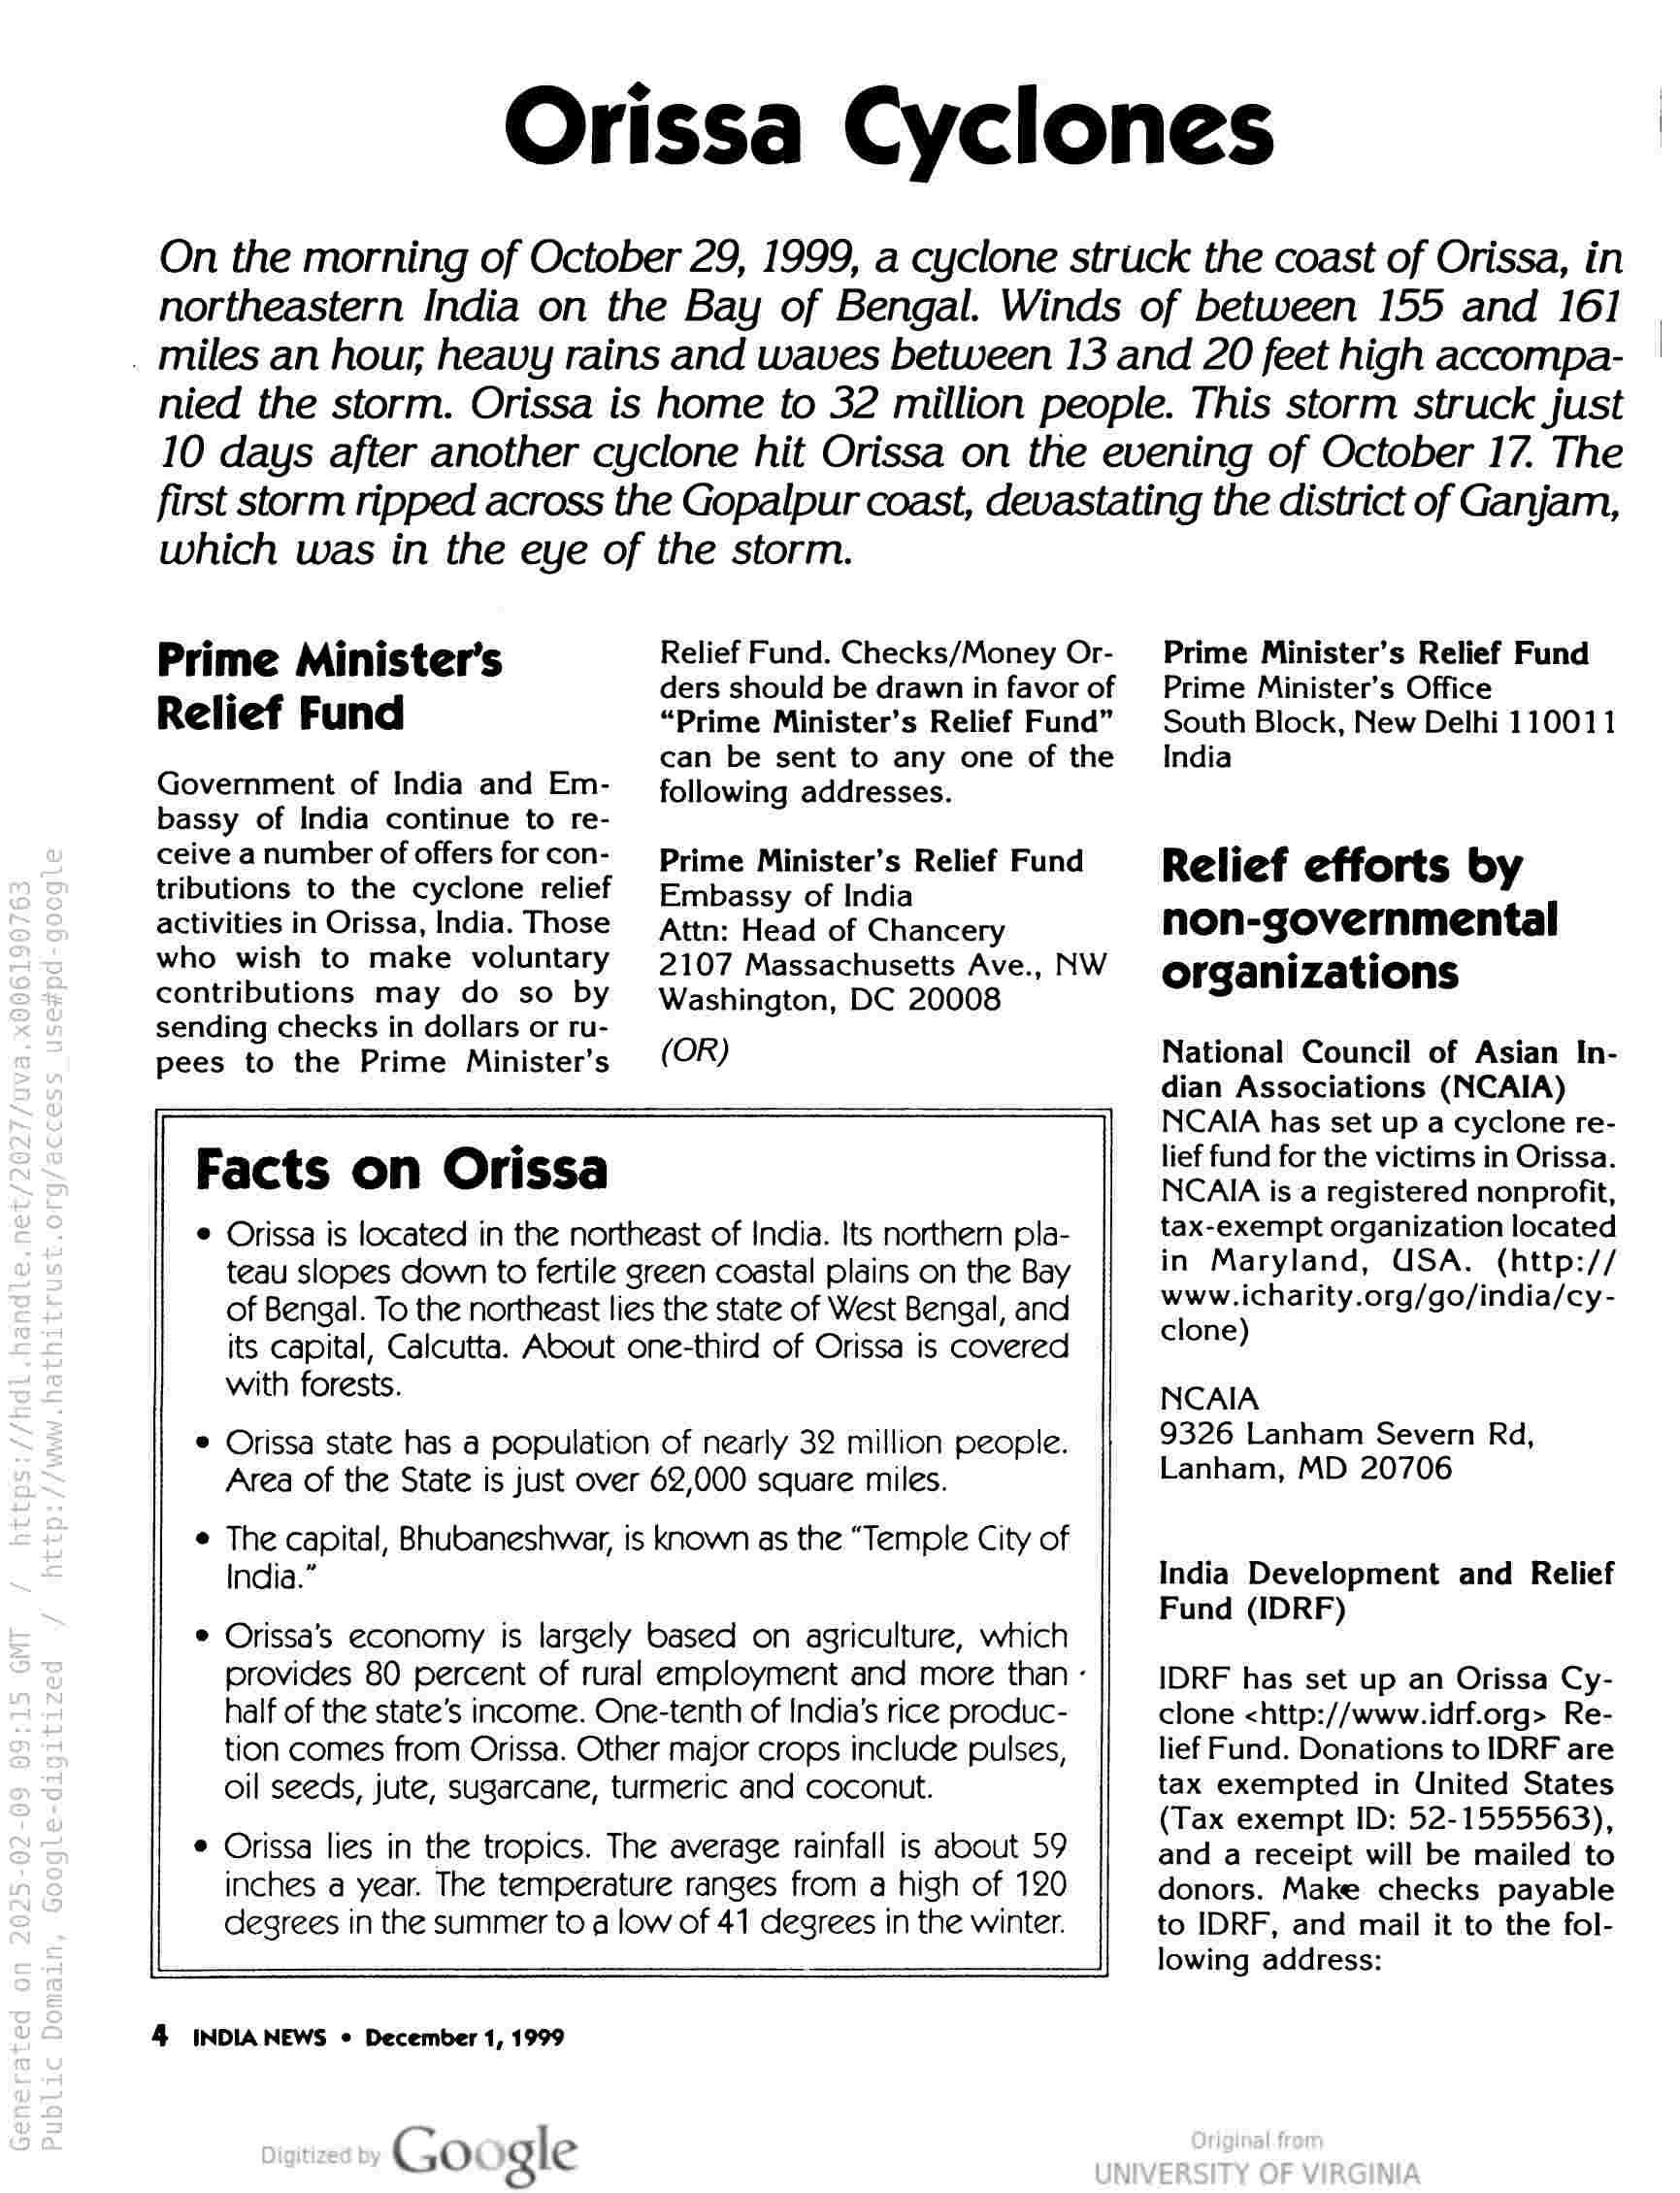
Orissa Cyclones

On the morning of October 29, 1999, a cyclone struck the coast of Orissa, in
northeastern India on the Bay of Bengal. Winds of between 155 and 161
. miles an hour, heavy rains and waves between 13 and 20 feet high accompa-
nied the storm. Orissa is home to 32 million people. This storm struck just
10 days after another cyclone hit Orissa on the evening of October 17. The
first storm ripped across the Gopalpur coast, devastating the district of Ganjam,
which was in the eye of the storm.

Prime Minister's
Relief Fund

Government of India and Em-
bassy of India continue to re-
ceive a number of offers for con-
tributions to the cyclone relief
activities in Orissa, India. Those
who wish to make voluntary
contributions may do so by
sending checks in dollars or ru-
pees to the Prime Minister's

Facts on Orissa

Relief Fund. Checks/Money Or-
ders should be drawn in favor of
“Prime Minister’s Relief Fund”
can be sent to any one of the
following addresses.

Prime Minister’s Relief Fund
Embassy of India

Attn: Head of Chancery

2107 Massachusetts Ave., NW
Washington, DC 20008

(OR)

Orissa is located in the northeast of India. Its northern pla-
teau slopes down to fertile green coastal plains on the Bay
of Bengal. To the northeast lies the state of West Bengal, and
its capital, Calcutta. About one-third of Orissa is covered
with forests.

Orissa state has a population of nearly 32 million people.
Area of the State is just over 62,000 square miles.

The capital, Bhubaneshwar, is known as the “Temple City of
India.”

Orissa’s economy is largely based on agriculture, which

provides 80 percent of rural employment and more than -

half of the state’s income. One-tenth of India’s rice produc-
tion comes from Orissa. Other major crops include pulses,
oil seeds, jute, sugarcane, turmeric and coconut.

Orissa lies in the tropics. The average rainfall is about 59
inches a year. The temperature ranges from a high of 120
degrees in the summer to a low of 41 degrees in the winter.

4 INDIANEWS ¢ December 1, 1999

Google

Prime Minister’s Relief Fund
Prime Minister’s Office

South Block, New Delhi 110011
India

Relief efforts by
non-governmental
organizations

National Council of Asian In-
dian Associations (NCAIA)
NCAIA has set up a cyclone re-
lief fund for the victims in Orissa.
NCAIA is a registered nonprofit,
tax-exempt organization located
in Maryland, USA. (http://
www.icharity.org/go/india/cy-
clone)

NCAIA
9326 Lanham Severn Rd,
Lanham, MD 20706

India Development and Relief
Fund (IDRF)

IDRF has set up an Orissa Cy-
clone <http://www.idrf.org> Re-
lief Fund. Donations to IDRF are
tax exempted in United States
(Tax exempt ID: 52-1555563),
and a receipt will be mailed to
donors. Make checks payable
to IDRF, and mail it to the fol-
lowing address: